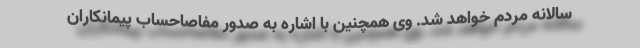
سالانه مردم خواهد شد. وی همچنین با اشاره به صدور مفاصاحساب پیمانکاران